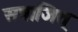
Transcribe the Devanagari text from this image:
सत्राजित्